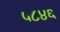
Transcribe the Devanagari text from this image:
५८४६